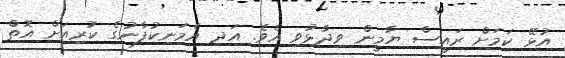
އުޅޭ ކަމަށް ރައީސް ޔާމީން ވިދާޅުވި އެވެ. އަދި އެމަނިކުފާނުގެ ކުރިއަށް އޮތް